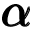
\pmb { \alpha }